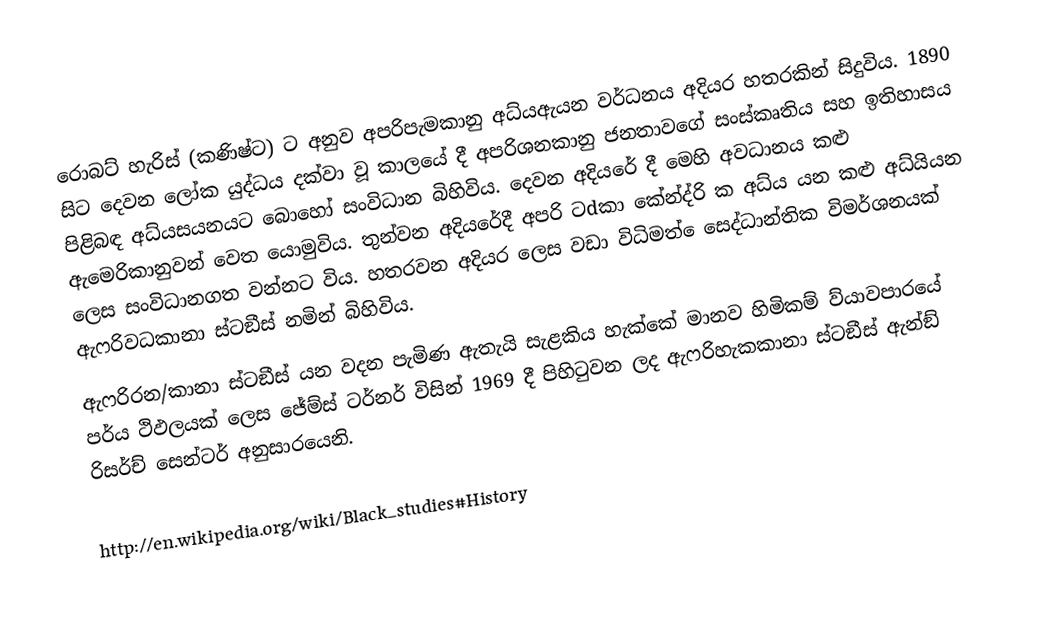
රොබට් හැරිස් (කණිෂ්ට) ට අනුව අපරිපැමකානු අධ්යඇයන වර්ධනය අදියර හතරකින් සිදුවිය.  1890 සිට දෙවන ලෝක යුද්ධය දක්වා වූ කාලයේ දී අපරි‍ශනකානු ජනතාවගේ සංස්කෘතිය සහ ඉතිහාසය පිළිබඳ අධ්යසයනයට බොහෝ සංවිධාන බිහිවිය. දෙවන අදියරේ දී මෙහි අවධානය කළු ඇමෙරිකානුවන් වෙත යොමුවිය. තුන්වන අදියරේදී අපරි ටdකා කේන්ද්රි ක අධ්ය යන කළු අධ්යියන ලෙස සංවිධානගත වන්නට විය. හතරවන අදියර ලෙස වඩා විධිමත් ෙසෙද්ධාන්තික විමර්ශනයක් ඇෆරි‍වධකානා ස්ටඞීස් නමින් බිහිවිය.
ඇෆරිරන/කානා ස්ටඞීස් යන වදන පැමිණ ඇතැයි සැළකිය හැක්කේ මානව හිමිකම් ව්යාවපාරයේ පර්ය ථිඵලයක් ලෙස ජේම්ස් ටර්නර් විසින් 1969 දී පිහිටුවන ලද ඇෆරිහැකකානා ස්ටඞීස් ඇන්ඞ් රිසර්ච් සෙන්ටර් අනුසාරයෙනි.

http://en.wikipedia.org/wiki/Black_studies#History